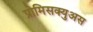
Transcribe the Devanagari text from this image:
प्रोमिसक्युअस